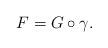
LaTeX: \begin{align*}F=G\circ \gamma. \end{align*}